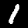
Label: 1